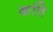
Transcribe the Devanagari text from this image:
कत्ति